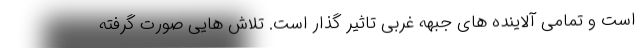
است و تمامی آلاینده های جبهه غربی تاثیر گذار است. تلاش هایی صورت گرفته